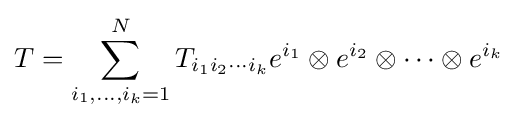
T=\sum _{i_{1},\ldots ,i_{k}=1}^{N}T_{i_{1}i_{2}\cdots i_{k}}e^{i_{1}}\otimes e^{i_{2}}\otimes \cdots \otimes e^{i_{k}}